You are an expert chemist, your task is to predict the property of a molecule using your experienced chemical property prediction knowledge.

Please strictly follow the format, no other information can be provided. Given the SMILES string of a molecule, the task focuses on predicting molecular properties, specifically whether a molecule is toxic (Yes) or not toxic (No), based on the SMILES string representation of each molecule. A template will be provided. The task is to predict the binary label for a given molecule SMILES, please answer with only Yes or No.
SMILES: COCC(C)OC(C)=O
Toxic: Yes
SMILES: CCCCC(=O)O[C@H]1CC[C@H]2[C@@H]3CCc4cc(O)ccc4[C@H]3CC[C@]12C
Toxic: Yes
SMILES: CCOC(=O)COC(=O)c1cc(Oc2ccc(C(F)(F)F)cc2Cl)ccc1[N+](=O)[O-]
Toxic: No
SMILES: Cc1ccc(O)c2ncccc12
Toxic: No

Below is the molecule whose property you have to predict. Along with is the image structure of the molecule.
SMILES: O=C(OCCN1CCOCC1)c1cccnc1Nc1cccc(C(F)(F)F)c1
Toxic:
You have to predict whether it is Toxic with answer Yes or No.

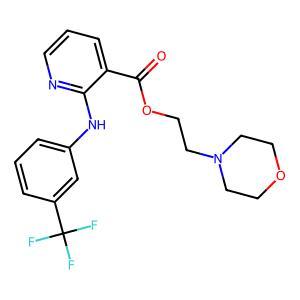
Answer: No